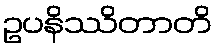
ဥပနိဿိတာတိ